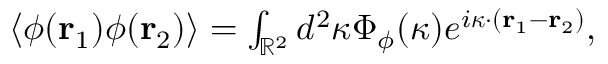
\begin{array} { r } { \langle \phi ( \mathbf { r } _ { 1 } ) \phi ( \mathbf { r } _ { 2 } ) \rangle = \int _ { \mathbb { R } ^ { 2 } } d ^ { 2 } \boldsymbol { \kappa } \Phi _ { \phi } ( \boldsymbol { \kappa } ) e ^ { i \boldsymbol { \kappa } \cdot ( \mathbf { r } _ { 1 } - \mathbf { r } _ { 2 } ) } , } \end{array}